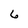
Character: 6